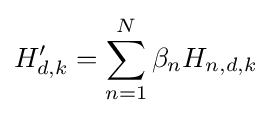
H'_{d,k}=\sum _{n=1}^{N}\beta _{n}H_{n,d,k}